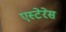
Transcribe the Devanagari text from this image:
एस्टेरेस